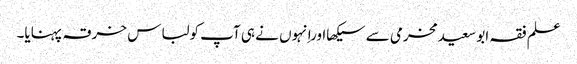
علم فقہ ابو سعیدمخرمی سے سیکھااوراِنہوں نے ہی آپ کولباس خرقہ پہنایا۔